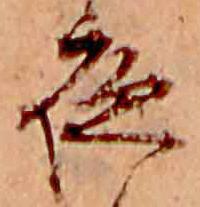
夜